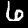
Label: 6